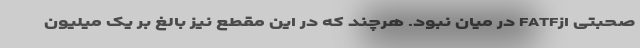
صحبتی ازFATF در میان نبود. هرچند که در این مقطع نیز بالغ بر یک میلیون